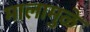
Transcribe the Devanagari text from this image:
मालामुळे